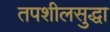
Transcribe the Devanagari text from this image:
तपशीलसुद्धा